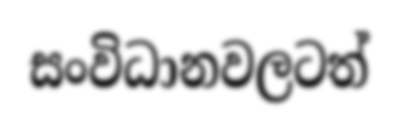
සංවිධානවලටත්